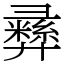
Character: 彞